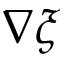
\nabla \xi